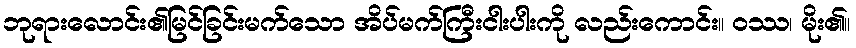
ဘုရားလောင်း၏မြင်ခြင်းမက်သော အိပ်မက်ကြီးငါးပါးကို လည်းကောင်း။ ဝဿ၊ မိုး၏။